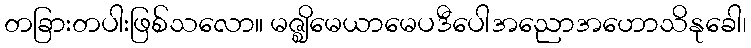
တခြားတပါးဖြစ်သလော။ မဇ္ဈိမေယာမေပဒီပေါအညောအဟောသိနုခေါ၊